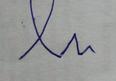
Signature authenticity: forged